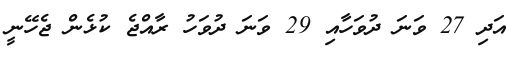
އަދި 27 ވަނަ ދުވަހާއި 29 ވަނަ ދުވަހު ރާއްޖެ ކުޅެން ޖެހޭނީ